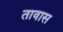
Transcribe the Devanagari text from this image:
तावास